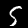
Digit: 5